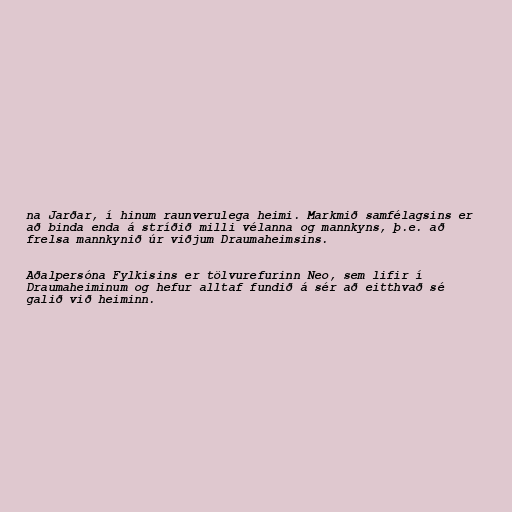
na Jarðar, í hinum raunverulega heimi. Markmið samfélagsins er
að binda enda á stríðið milli vélanna og mannkyns, þ.e. að
frelsa mannkynið úr viðjum Draumaheimsins.

Aðalpersóna Fylkisins er tölvurefurinn Neo, sem lifir í
Draumaheiminum og hefur alltaf fundið á sér að eitthvað sé
galið við heiminn.